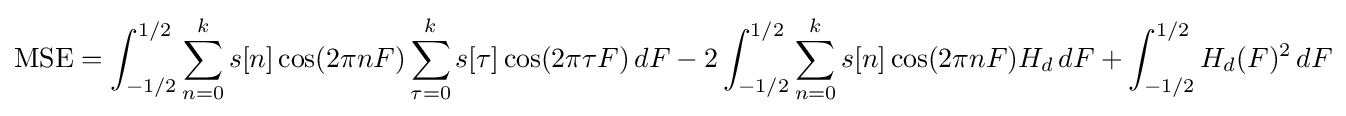
{\text{MSE}}=\int _{-1/2}^{1/2}\sum _{n=0}^{k}s[n]\cos(2\pi nF)\sum _{\tau =0}^{k}s[\tau ]\cos(2\pi \tau F)\,dF-2\int _{-1/2}^{1/2}\sum _{n=0}^{k}s[n]\cos(2\pi nF)H_{d}\,dF+\int _{-1/2}^{1/2}H_{d}(F)^{2}\,dF